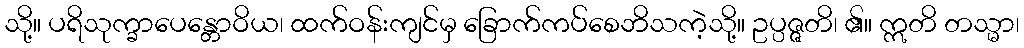
သို့။ ပရိသုက္ခာပေန္တောဝိယ၊ ထက်ဝန်းကျင်မှ ခြောက်ကပ်စေဘိသကဲ့သို့။ ဥပ္ပဇ္ဇတိ၊ ၏။ ဣတိ တသ္မာ၊